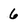
Character: 6